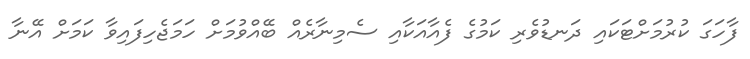
ފާހަގަ ކުރުމަށްޓަކައި ދަނޑުވެރި ކަމުގެ ފެއާއަކާއި ސެމިނާރެއް ބޭއްވުމަށް ހަމަޖެހިފައިވާ ކަމަށް އޭނާ